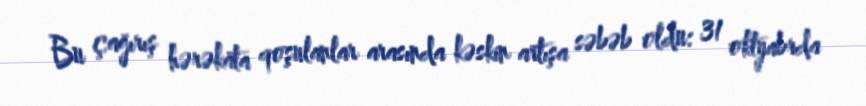
Bu çağırış hərəkata qoşulanlar arasında kəskin artışa səbəb oldu: 31 oktyabrda